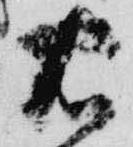
右